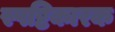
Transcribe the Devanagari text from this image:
स्पष्टिकारक